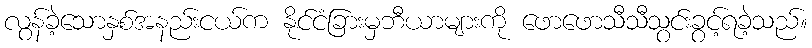
လွန်ခဲ့သောနှစ်အနည်းငယ်က နိုင်ငံခြားမှဘီယာများကို ဖောဖောသီသီသွင်းခွင့်ရခဲ့သည်။